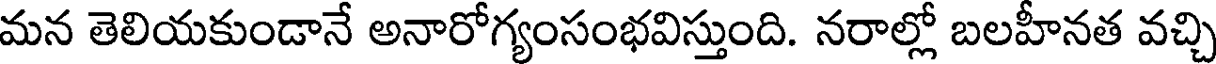
మన తెలియకుండానే అనారోగ్యంసంభవిస్తుంది. నరాల్లో బలహీనత వచ్చి